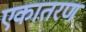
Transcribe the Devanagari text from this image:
एकातरण